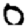
Digit: 0